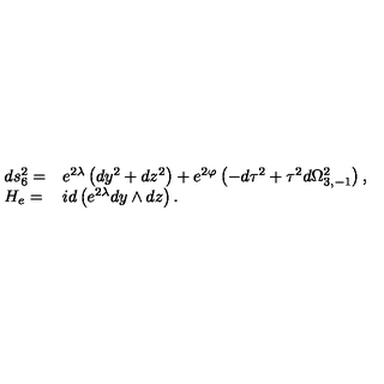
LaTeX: \begin{array} { l l } { d s _ { 6 } ^ { 2 } = } & { e ^ { 2 \lambda } \left( d y ^ { 2 } + d z ^ { 2 } \right) + e ^ { 2 \varphi } \left( - d \tau ^ { 2 } + \tau ^ { 2 } d \Omega _ { 3 , - 1 } ^ { 2 } \right) , } \\ { H _ { e } = } & { i d \left( e ^ { 2 \lambda } d y \wedge d z \right) . } \\ \end{array}